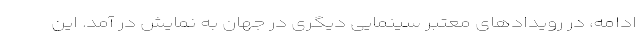
ادامه، در رویدادهای معتبر سینمایی دیگری در جهان به نمایش در آمد. اين